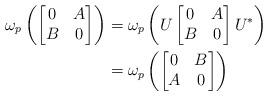
LaTeX: \begin{align*}\omega_{p}\left(\begin{bmatrix}0 & A \\B & 0\end{bmatrix}\right) &= \omega_{p}\left(U\begin{bmatrix}0 & A \\B & 0\end{bmatrix}U^{\ast}\right) \\&= \omega_{p}\left(\begin{bmatrix}0 & B \\A & 0\end{bmatrix}\right) \end{align*}